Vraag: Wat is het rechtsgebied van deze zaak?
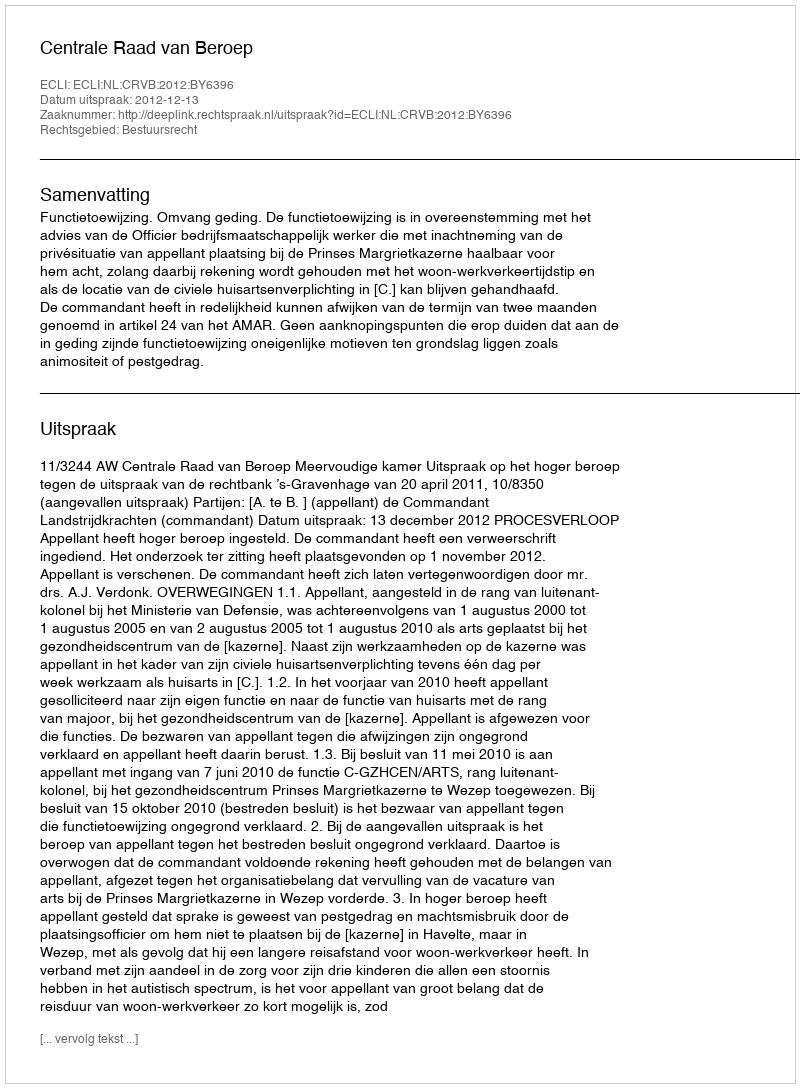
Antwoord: Bestuursrecht